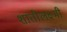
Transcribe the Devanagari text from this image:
शांतीलक्ष्मी